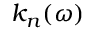
k _ { n } ( \omega )